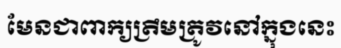
មែនជាពាក្យត្រឹមត្រូវនៅក្នុងនេះ